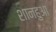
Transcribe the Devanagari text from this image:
शानहुआ